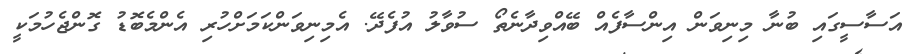
އަސާސީގައި ބުނާ މިނިވަން އިންސާފެއް ބޭއްވިދާނެތޯ ސުވާލު އުފެދޭ. އެމިނިވަންކަމަށްހުރި އެންމެބޮޑު ގޮންޖެހުމަކީ